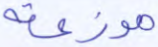
موزعة